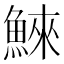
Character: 鯠